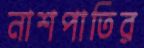
নাশপাতির